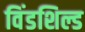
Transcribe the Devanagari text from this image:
विंडशिल्ड